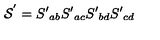
{ \cal S } ^ { ' } = S { ' } _ { a b } S { ' } _ { a c } S { ' } _ { b d } S { ' } _ { c d }